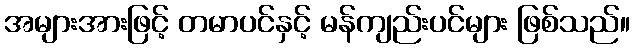
အများအားဖြင့် တမာပင်နှင့် မန်ကျည်းပင်များ ဖြစ်သည်။